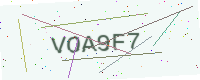
Text: VOA9F7